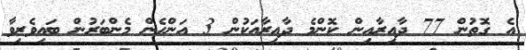
އެ ގޮތުން 77 ދާއިރާއިން ކޮންމެ ދާއިރާއަކުން 3 އަންހެން މެންބަރުން ބައިވެރިވާ